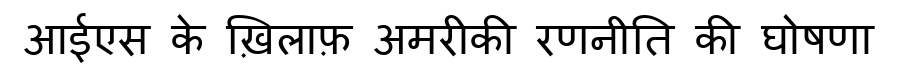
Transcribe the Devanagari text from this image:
आईएस के ख़िलाफ़ अमरीकी रणनीति की घोषणा